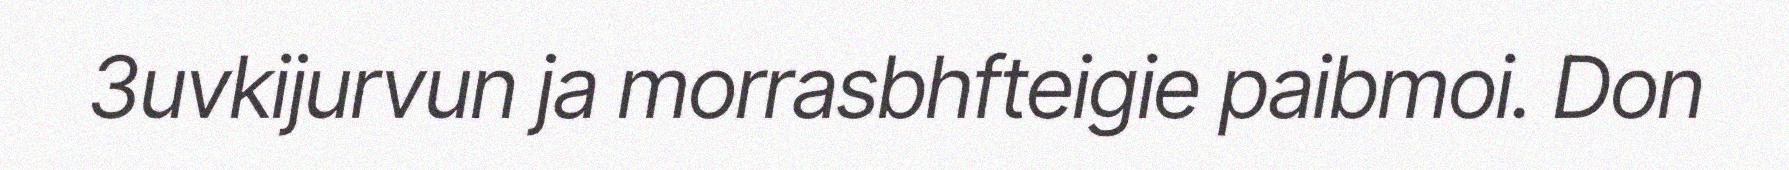
3uvkijurvun ja morrasbhfteigie paibmoi. Don